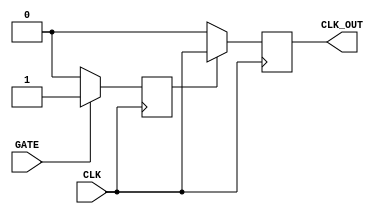
module ClockGatingBuffer (
    input wire CLK,         // Primary clock input
    input wire GATE,       // Clock gating enable signal
    output reg CLK_OUT      // Gated clock output
);

    // Register to hold the gated clock state
    reg gated_clk;

    // Always block to handle clock gating logic
    always @(posedge CLK) begin
        if (GATE) begin
            gated_clk <= 1'b1; // Pass through the clock
        end else begin
            gated_clk <= 1'b0; // Hold low when GATE is low
        end
    end

    // Output clock generation
    always @(posedge CLK) begin
        if (gated_clk) begin
            CLK_OUT <= CLK; // Output the input clock when gated
        end else begin
            CLK_OUT <= 1'b0; // Assert output low when gating is disabled
        end
    end

endmodule